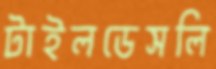
টাইলডেসলি